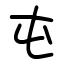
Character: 屯